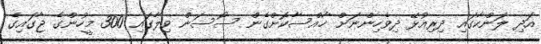
އަދި ލަންކާގައި ދިރިއުޅޭ ދިވެހިންނަށް ޚާއްސާކޮށްގެން ސޯސަން ވިލާގައި 300 މީހުންގެ ޖާގައިގެ